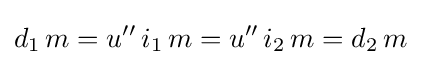
d_{1}\,m=u''\,i_{1}\,m=u''\,i_{2}\,m=d_{2}\,m